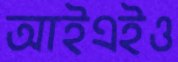
আইএইও